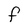
Character: F